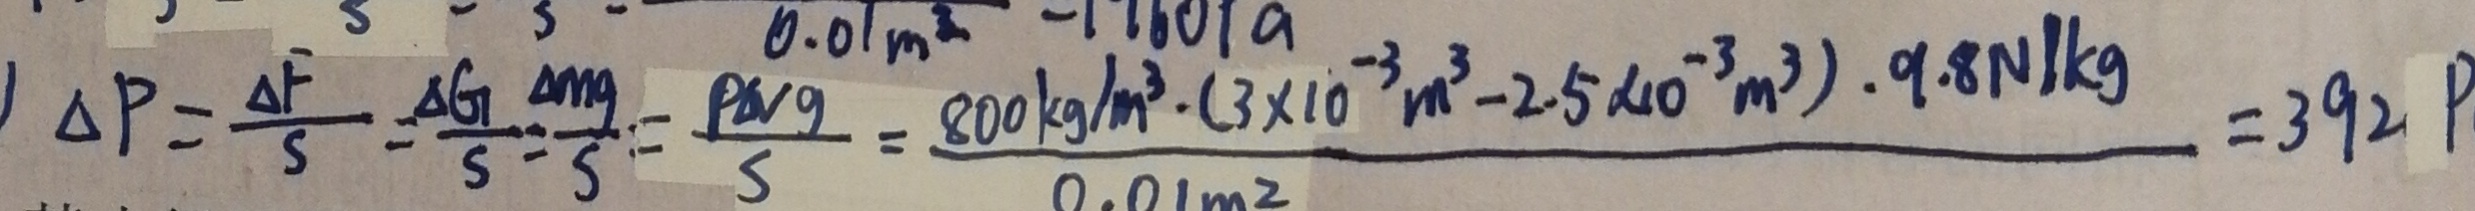
\Delta P = \frac { \Delta F } { S } = \frac { \Delta G } { S } = \frac { \Delta m g } { S } = \frac { \rho \Delta v g } { S } = \frac { 8 0 0 k g / m ^ { 3 } \cdot ( 3 \times 1 0 ^ { - 3 } m ^ { 3 } - 2 . 5 \times 1 0 ^ { - 3 } m ^ { 3 } ) \cdot 9 . 8 N / k g } { 0 . 0 1 ( m ^ { 2 } ) } = 3 9 2 P